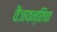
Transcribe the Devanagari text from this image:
वैजयन्तिचा